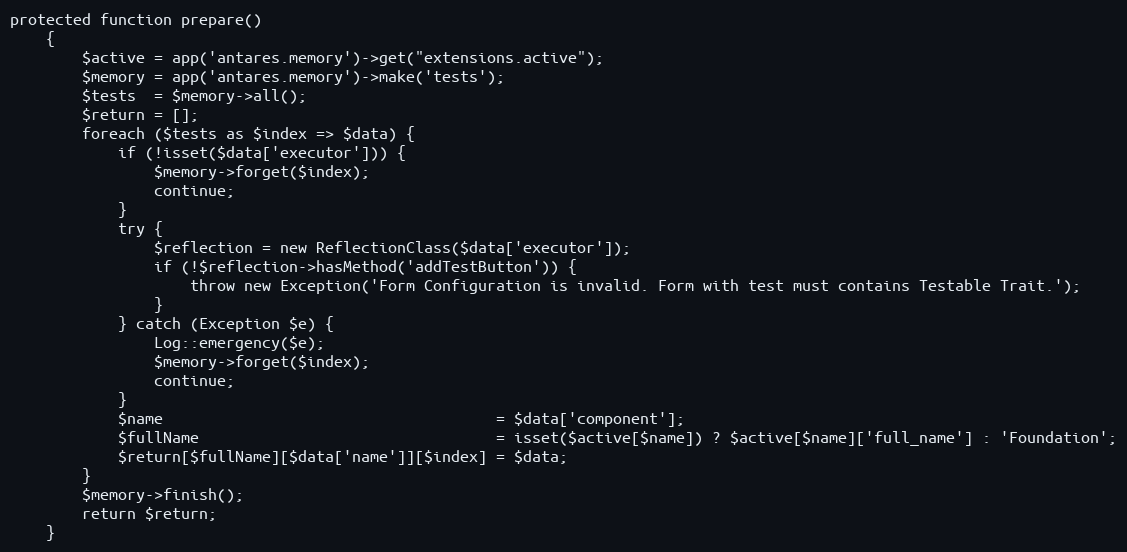
Language: PHP
protected function prepare()
    {
        $active = app('antares.memory')->get("extensions.active");
        $memory = app('antares.memory')->make('tests');
        $tests  = $memory->all();
        $return = [];
        foreach ($tests as $index => $data) {
            if (!isset($data['executor'])) {
                $memory->forget($index);
                continue;
            }
            try {
                $reflection = new ReflectionClass($data['executor']);
                if (!$reflection->hasMethod('addTestButton')) {
                    throw new Exception('Form Configuration is invalid. Form with test must contains Testable Trait.');
                }
            } catch (Exception $e) {
                Log::emergency($e);
                $memory->forget($index);
                continue;
            }
            $name                                     = $data['component'];
            $fullName                                 = isset($active[$name]) ? $active[$name]['full_name'] : 'Foundation';
            $return[$fullName][$data['name']][$index] = $data;
        }
        $memory->finish();
        return $return;
    }